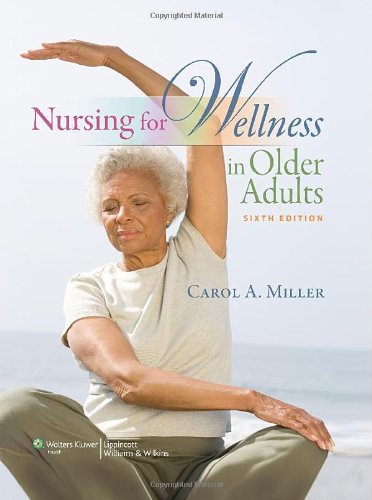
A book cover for Nursing for Wellness in Older Adults (Miller, Nursing for Wellness in Older Adults); Carol A. Miller MSN  RN-BC  AHN-BC; Medical Books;